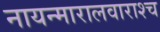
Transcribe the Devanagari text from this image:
नायन्मारालवाराश्च